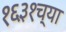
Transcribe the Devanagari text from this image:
१६३१च्या